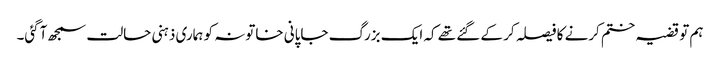
ہم تو قضیہ ختم کرنے کا فیصلہ کر کے گئے تھے کہ ایک بزرگ جاپانی خاتونہ کو ہماری ذہنی حالت سمجھ آگئی۔